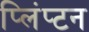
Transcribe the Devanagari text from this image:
प्लिंप्टन